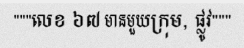
"""លេខ ៦៧ មានមួយក្រុម, ផ្លូវ"""